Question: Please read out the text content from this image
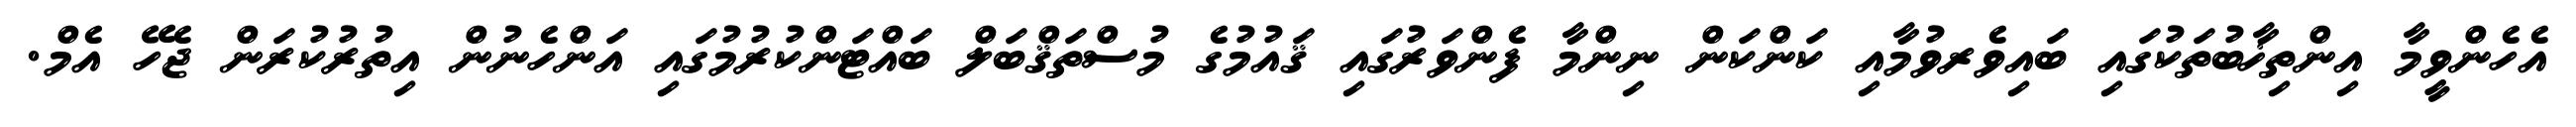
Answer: އެހެންވީމާ އިންތިޚާބުތަކުގައި ބައިވެރވުމާއި ކަންކަން ނިންމާ ފެންވަރުގައި ޤައުމުގެ މުސްތަޤްބަލް ބައްޓަންކުރުމުގައި އަންހެނުން އިތުރުކުރަން ޖެހޭ އެމް.